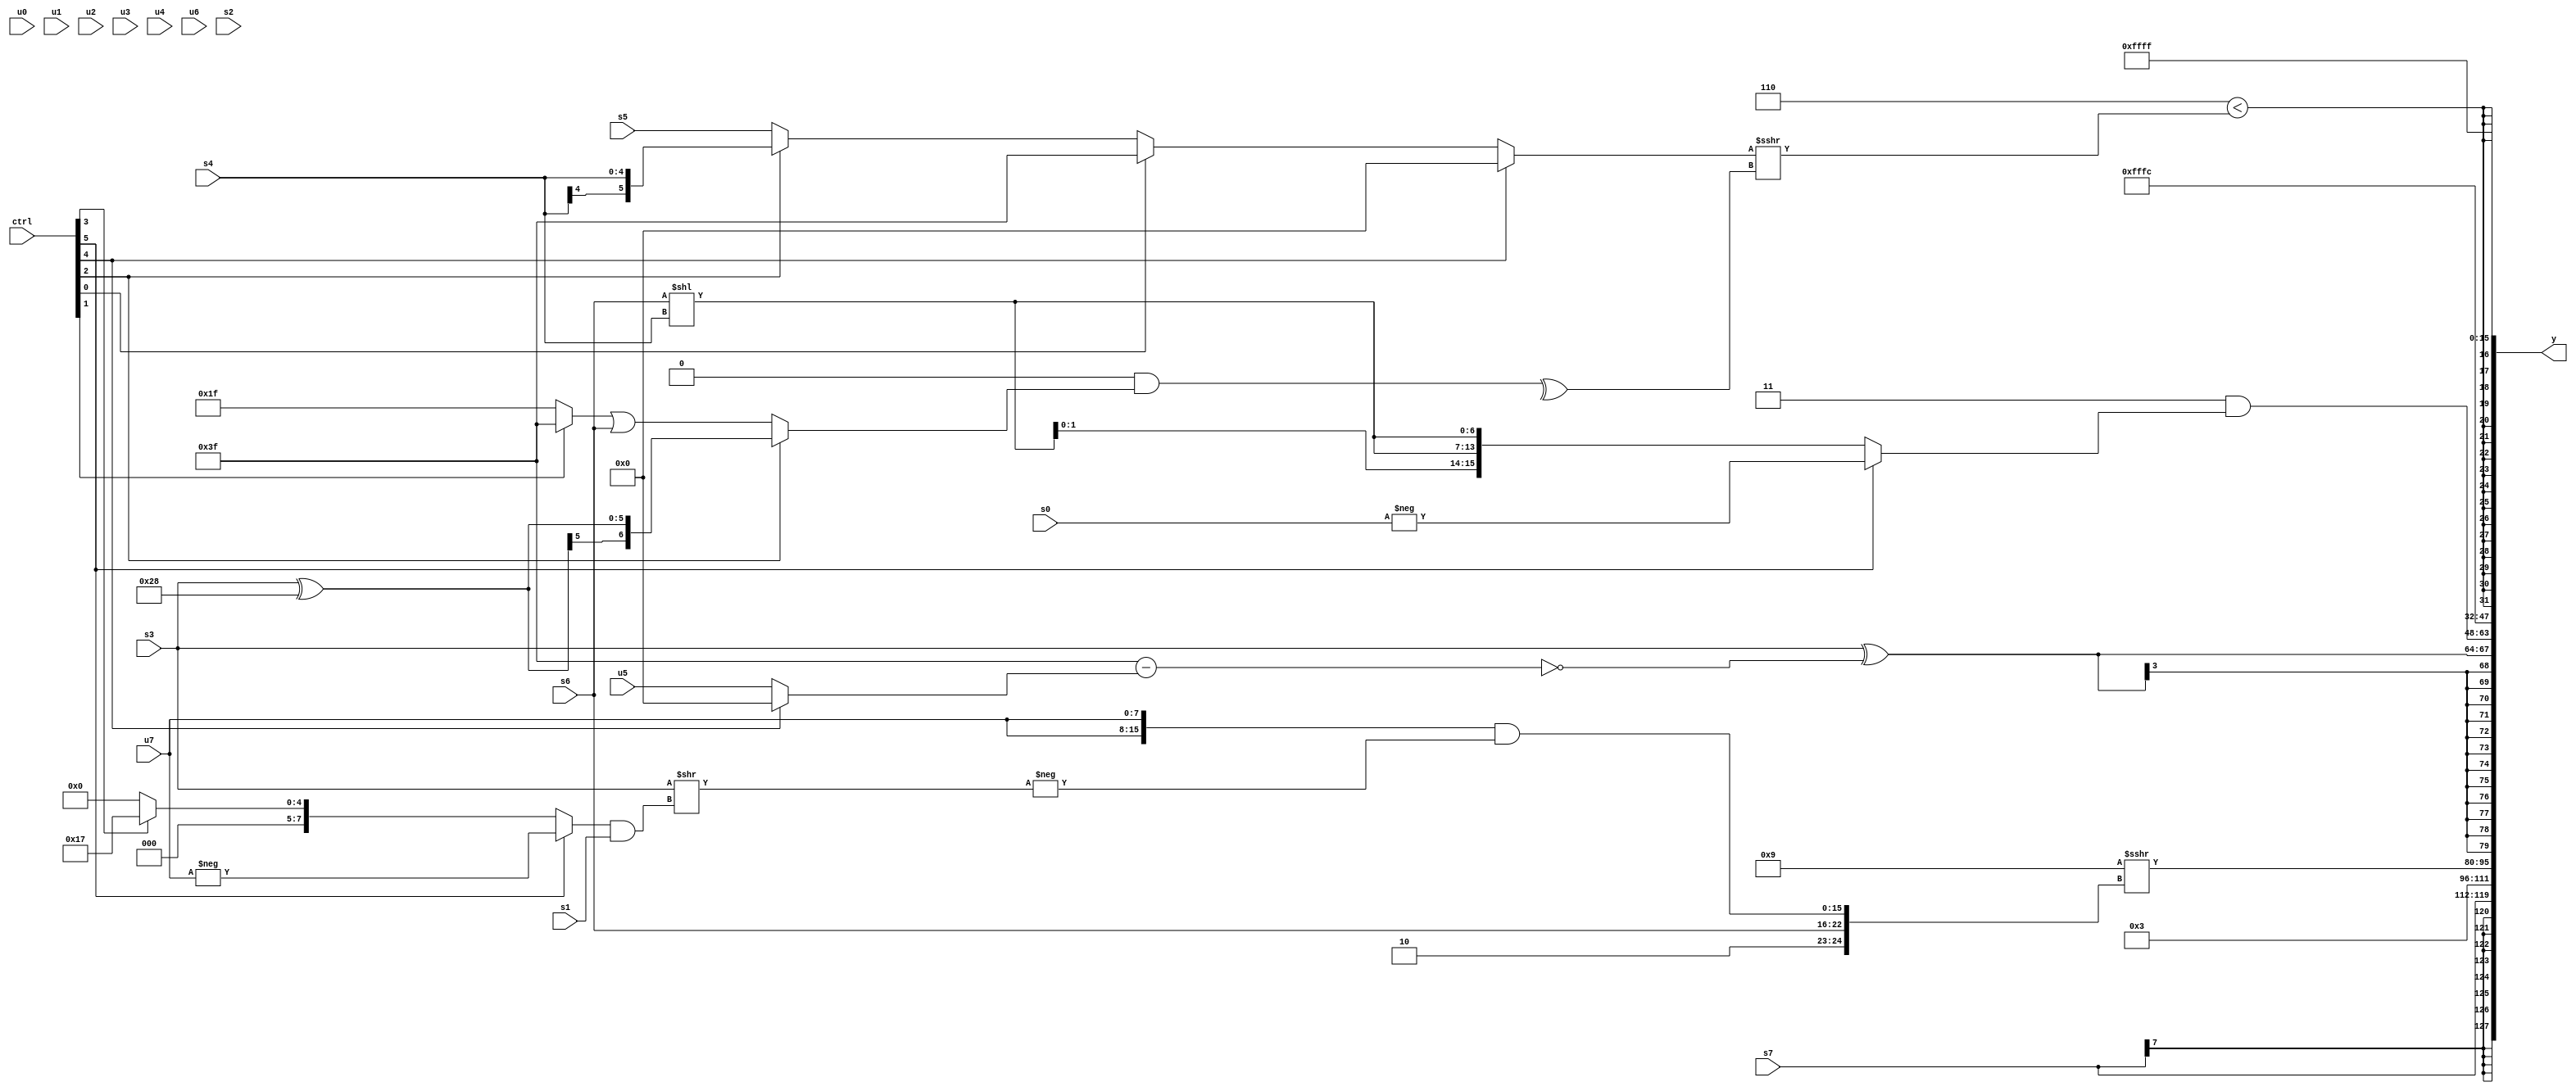
module wideexpr_00086(ctrl, u0, u1, u2, u3, u4, u5, u6, u7, s0, s1, s2, s3, s4, s5, s6, s7, y);
  input [7:0] ctrl;
  input [0:0] u0;
  input [1:0] u1;
  input [2:0] u2;
  input [3:0] u3;
  input [4:0] u4;
  input [5:0] u5;
  input [6:0] u6;
  input [7:0] u7;
  input signed [0:0] s0;
  input signed [1:0] s1;
  input signed [2:0] s2;
  input signed [3:0] s3;
  input signed [4:0] s4;
  input signed [5:0] s5;
  input signed [6:0] s6;
  input signed [7:0] s7;
  output [127:0] y;
  wire [15:0] y0;
  wire [15:0] y1;
  wire [15:0] y2;
  wire [15:0] y3;
  wire [15:0] y4;
  wire [15:0] y5;
  wire [15:0] y6;
  wire [15:0] y7;
  assign y = {y0,y1,y2,y3,y4,y5,y6,y7};
  assign y0 = $signed(s7);
  assign y1 = 3'sb011;
  assign y2 = ($signed(5'sb11001))>>>({-(6'sb111110),s6,({2{+(u7)}})&({-(($signed($signed(s3)))>>(((ctrl[5]?-(u7):(ctrl[3]?5'sb10111:1'sb0)))&(s1)))})});
  assign y3 = (s3)^($signed(!((-((6'b001110)!=(6'sb000110)))-(+((ctrl[4]?1'b0:u5))))));
  assign y4 = +((($unsigned(2'b11))|(2'b10))&({1{(ctrl[5]?-(+(s0)):{3{(s6)<<(s4)}})}}));
  assign y5 = 3'sb100;
  assign y6 = $signed((5'b00110)<({1{((ctrl[4]?+(+(($signed(s0))<<((1'sb1)+(5'sb01010)))):(ctrl[0]?1'sb1:(ctrl[2]?s4:$signed($signed(s5))))))>>>(^((3'sb000)&((ctrl[2]?($signed(s3))^(6'sb101000):((ctrl[1]?3'sb111:6'sb011111))|(s6)))))}}));
  assign y7 = 3'sb111;
endmodule